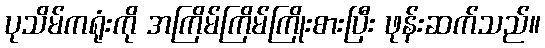
ပုသိမ်ကရုံးကို အကြိမ်ကြိမ်ကြိုးစားပြီး ဖုန်းဆက်သည်။